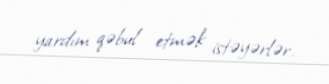
yardım qəbul etmək istəyərlər.